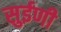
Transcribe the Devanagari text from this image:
सुईणी